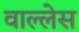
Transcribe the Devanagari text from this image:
वाल्लेस